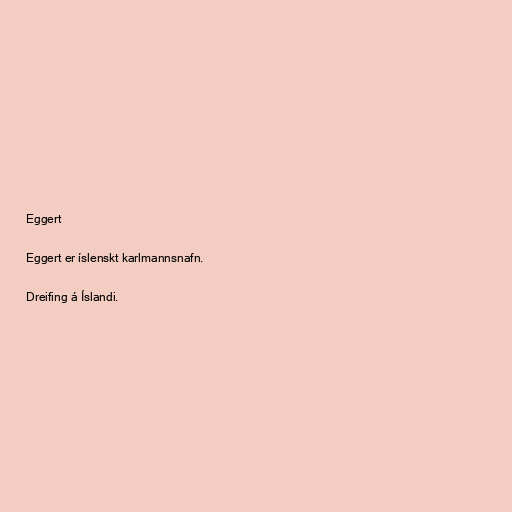
Eggert

Eggert er íslenskt karlmannsnafn.

Dreifing á Íslandi.